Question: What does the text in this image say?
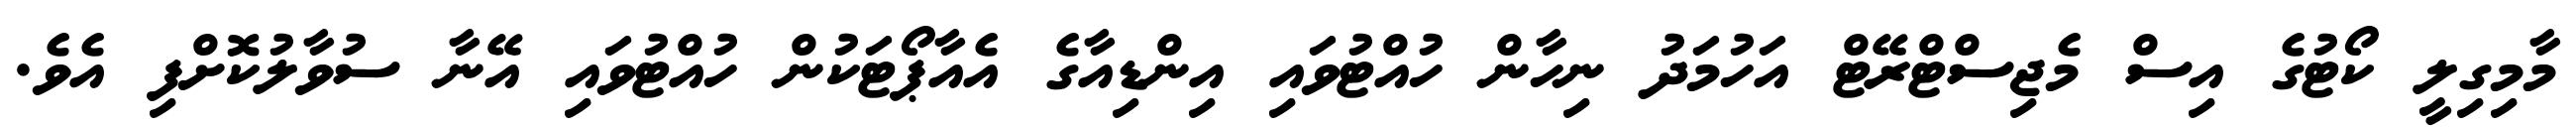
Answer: މާމިގިލީ ކޯޓުގެ އިސް މެޖިސްޓްރޭޓް އަހުމަދު ނިހާން ހުއްޓުވައި އިންޑިއާގެ އެއާޕޯޓަކުން ހުއްޓުވައި އޭނާ ސުވާލުކޮށްފި އެވެ.